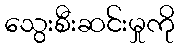
သွေးစီးဆင်းမှုကို